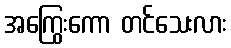
အကြွေးကော တင်သေးလား